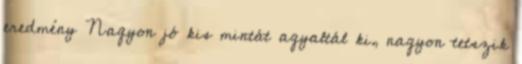
eredmény Nagyon jó kis mintát agyaltál ki, nagyon tetszik